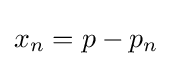
x_{n}=p-p_{n}